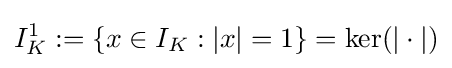
I_{K}^{1}:=\{x\in I_{K}:|x|=1\}=\ker(|\cdot |)